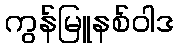
ကွန်မြူနစ်ဝါဒ